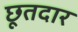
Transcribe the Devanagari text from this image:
छूतदार